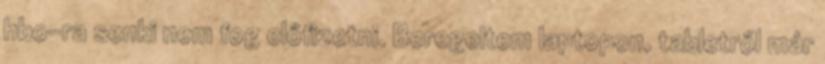
hbo-ra senki nem fog előfizetni. Beregeltem laptopon, tabletről már